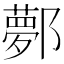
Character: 鄸